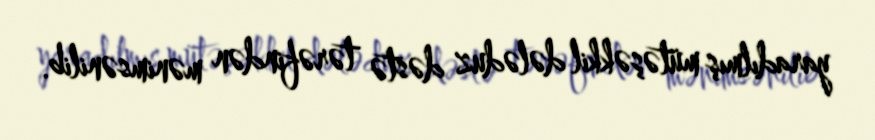
yaradılmış mütəşəkkil dələduz dəstə tərəfindən mənimsənilib.